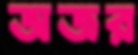
অজর